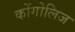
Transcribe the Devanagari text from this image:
कोंगोलिज